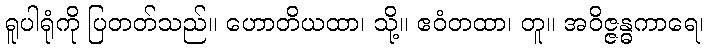
ရူပါရုံကို ပြတတ်သည်။ ဟောတိယထာ၊ သို့။ ဧဝံတထာ၊ တူ။ အဝိဇ္ဇန္ဓကာရေ၊